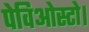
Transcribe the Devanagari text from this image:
पेविओस्टो।